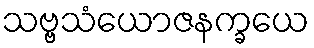
သဗ္ဗသံယောဇနက္ခယေ